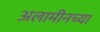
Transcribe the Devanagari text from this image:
अलामीनच्या